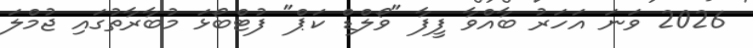
2026 ވަނަ އަހަރު ބާއްވާ ފީފާ "ވޯލްޑް ކަޕް" ފުޓްބޯޅަ މުބާރާތުގައި ޖުމްލަ